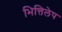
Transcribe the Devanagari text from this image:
भित्तिलेप